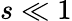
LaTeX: s\ll 1